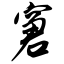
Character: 窘